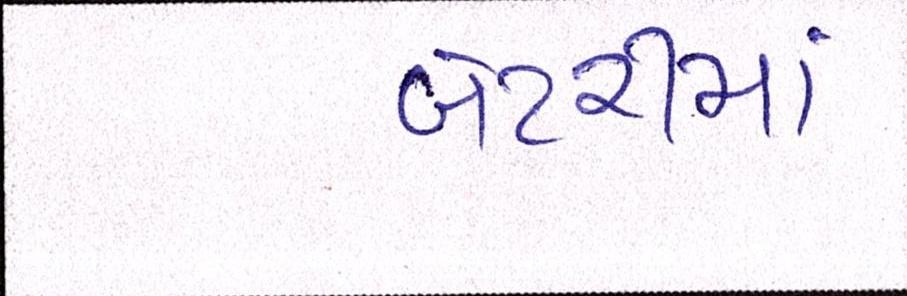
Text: બેટરીમાં